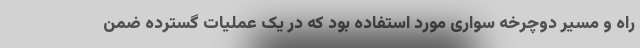
راه و مسیر دوچرخه سواری مورد استفاده بود که در یک عملیات گسترده ضمن